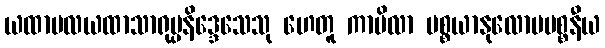
ယထာဗလယထာသာရုပ္ပနိဒ္ဒေသေသု ဟေတူ ကာပိလာ ပစ္စယာနုလောမပစ္စနီယ